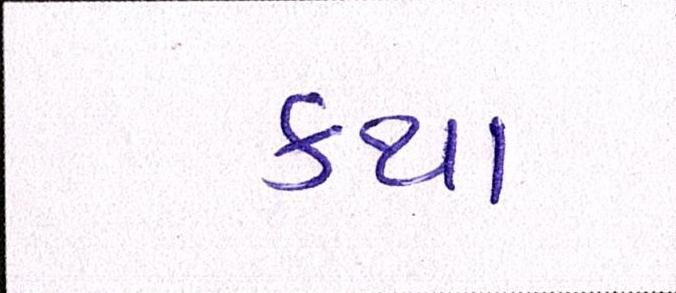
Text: કથા